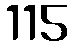
115